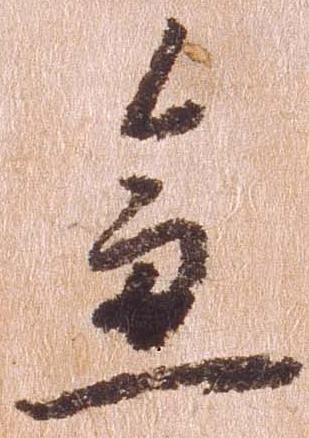
急